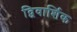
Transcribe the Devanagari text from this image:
द्विवार्शिक